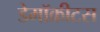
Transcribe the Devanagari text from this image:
डेमॉक्रीटस